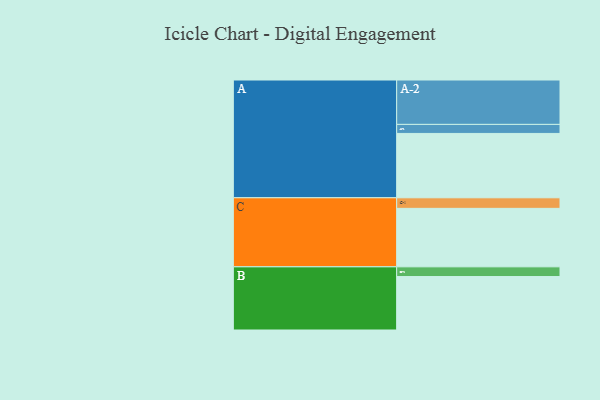
{"axis": {"x": "Segment", "y": "Value"}, "legend": ["", "A", "B", "C"], "data": [{"x": "A", "y": 384, "type": ""}, {"x": "B", "y": 319, "type": ""}, {"x": "C", "y": 349, "type": ""}, {"x": "A-1", "y": 54, "type": "A"}, {"x": "A-2", "y": 265, "type": "A"}, {"x": "B-1", "y": 58, "type": "B"}, {"x": "C-1", "y": 63, "type": "C"}]}